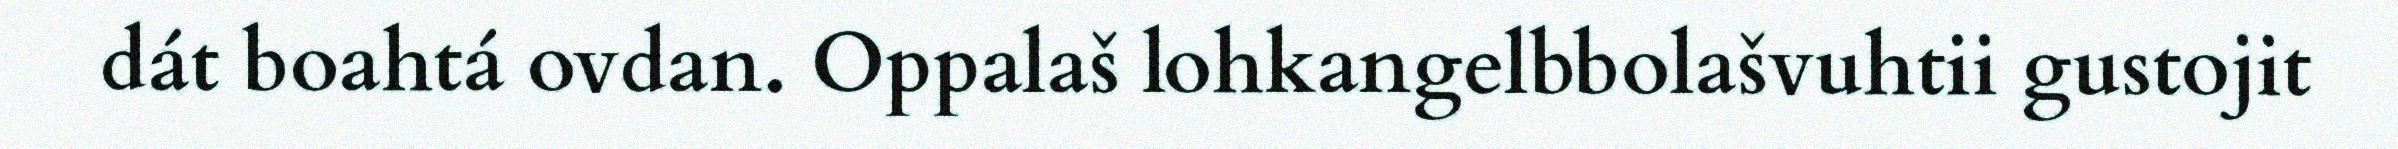
dát boahtá ovdan. Oppalaš lohkangelbbolašvuhtii gustojit